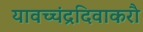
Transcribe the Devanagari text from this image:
यावच्चंद्रदिवाकरौ